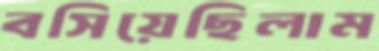
বসিয়েছিলাম